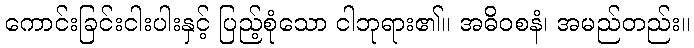
ကောင်းခြင်းငါးပါးနှင့် ပြည့်စုံသော ငါဘုရား၏။ အဓိဝစနံ၊ အမည်တည်း။